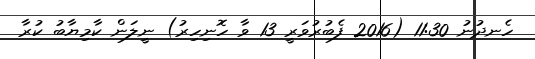
ހެނދުނު 11:30 (2016 ފެބުރުވަރީ 13 ވާ ހޮނިހިރު) ނީލަން ކާމިޔާބު ކުރާ